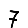
Digit: 7